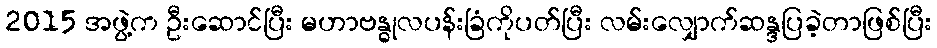
2015 အဖွဲ့က ဦးဆောင်ပြီး မဟာဗန္ဓုလပန်းခြံကိုပတ်ပြီး လမ်းလျှောက်ဆန္ဒပြခဲ့တာဖြစ်ပြီး